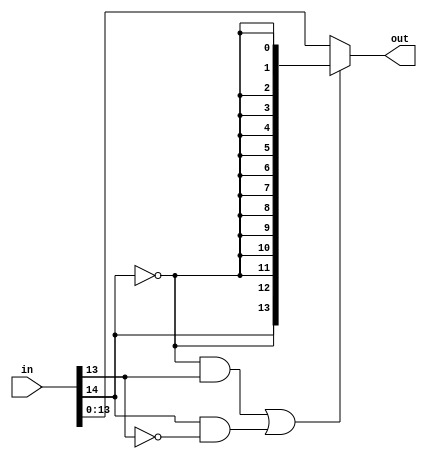
`timescale 1ns / 1ps
//////////////////////////////////////////////////////////////////////////////////
// Company: 
// Engineer: 
// 
// Design Name: 
// Module Name: sat14
// Project Name: 
// Target Devices: 
// Tool Versions: 
// Description: 
// 
// Dependencies: 
// 
// Revision:
// Revision 0.01 - File Created
// Additional Comments:
// 
// Saturation protection with compilation-time configurable params
//
//////////////////////////////////////////////////////////////////////////////////

//(* keep_hierarchy = "yes" *) 
module satprotect #(
   parameter     Ri  = 15, 
   parameter     Ro  = 14,
   parameter     SAT = 14
)
(
    //input clk,rst,
    input  signed [Ri-1:0] in,    // input signal
    output signed [Ro-1:0] out    // output signal
    );
    
    wire pos_sat, neg_sat;
    
    assign pos_sat = ( ~in[Ri-1] ) & (     |in[Ri-2:SAT-1]  );
    assign neg_sat = (  in[Ri-1] ) & ( ~ ( &in[Ri-2:SAT-1] ) );
    
    generate
      if (SAT<Ro)
        assign out = (pos_sat|neg_sat) ? { in[Ri-1] , {Ro-SAT+1{in[Ri-1]}} , {SAT-2{~in[Ri-1]}} }  :  in[Ro-1:0] ;
      else
        assign out = (pos_sat|neg_sat) ? { in[Ri-1] , {Ro-1{~in[Ri-1]}} }  :  in[Ro-1:0] ;
    endgenerate
    
endmodule

/* 
Instantiation example:

satprotect #(.Ri(15),.Ro(14),.SAT(14)) i_satprotect ( .in(IN), .out(OUT) );



Documentation reference


out limits for each lim input 

 SAT  |    min  |   max 
   0  |     -1  |     0
   1  |     -2  |     1
   2  |     -4  |     3
   3  |     -8  |     7
   4  |    -16  |    15
   5  |    -32  |    31
   6  |    -64  |    63
   7  |   -128  |   127
   8  |   -256  |   255
   9  |   -512  |   511
  10  |  -1024  |  1023
  11  |  -2048  |  2047
  12  |  -4096  |  4095
  13  |  -8192  |  8191

*/